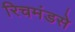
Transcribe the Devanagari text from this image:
रिचमंडसे